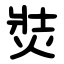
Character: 焋